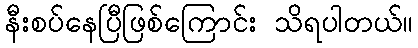
နီးစပ်နေပြီဖြစ်ကြောင်း သိရပါတယ်။